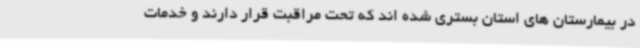
در بیمارستان های استان بستری شده اند که تحت مراقبت قرار دارند و خدمات